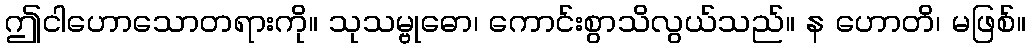
ဤငါဟောသောတရားကို။ သုသမ္ဗုဓော၊ ကောင်းစွာသိလွယ်သည်။ န ဟောတိ၊ မဖြစ်။